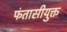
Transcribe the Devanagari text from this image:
फंतासीयुक्त